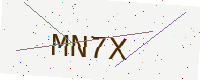
Text: MN7X